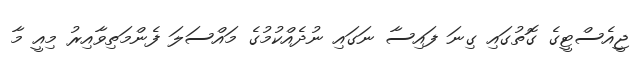
ޖީއެސްޓީގެ ގޮތުގައި ގިނަ ފައިސާ ނަގައި ނުދެއްކުމުގެ މައްސަލަ ފެންމަތިވާއިރު މިއީ މާ